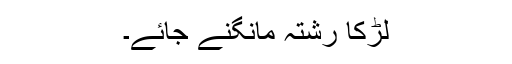
لڑکا رشتہ مانگنے جائے۔